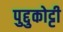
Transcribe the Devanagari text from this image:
पुद्दुकोट्टी